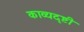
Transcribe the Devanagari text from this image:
काव्यदृष्टी